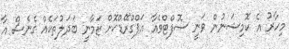
މިހާރު އެ ކޮމިޝަނުން ވަނީ ސޮފްޓްވެއާ އަޕްގްރޭޑްކޮށް ޒަމާނީ ބަދަލުތަކެއް ގެނެސް އާ